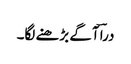
دراؔ آگے بڑھنے لگا۔